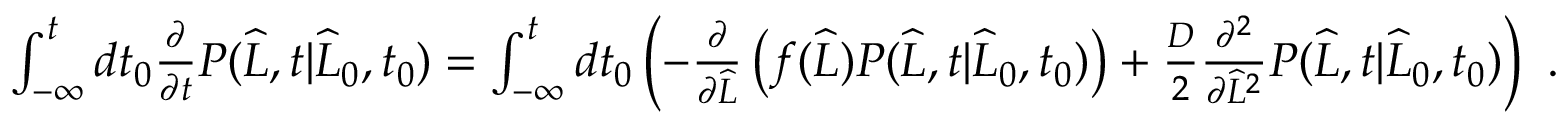
\begin{array} { r } { \int _ { - \infty } ^ { t } d t _ { 0 } \frac { \partial } { \partial t } P ( \widehat { L } , t | \widehat { L } _ { 0 } , t _ { 0 } ) = \int _ { - \infty } ^ { t } d t _ { 0 } \left( - \frac { \partial } { \partial \widehat { L } } \left( f ( \widehat { L } ) P ( \widehat { L } , t | \widehat { L } _ { 0 } , t _ { 0 } ) \right) + \frac { D } { 2 } \frac { \partial ^ { 2 } } { \partial \widehat { L } ^ { 2 } } P ( \widehat { L } , t | \widehat { L } _ { 0 } , t _ { 0 } ) \right) \ . } \end{array}